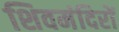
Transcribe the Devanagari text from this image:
शिवमंदिरों